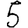
Digit: 5